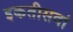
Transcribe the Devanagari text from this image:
इकतीसवां